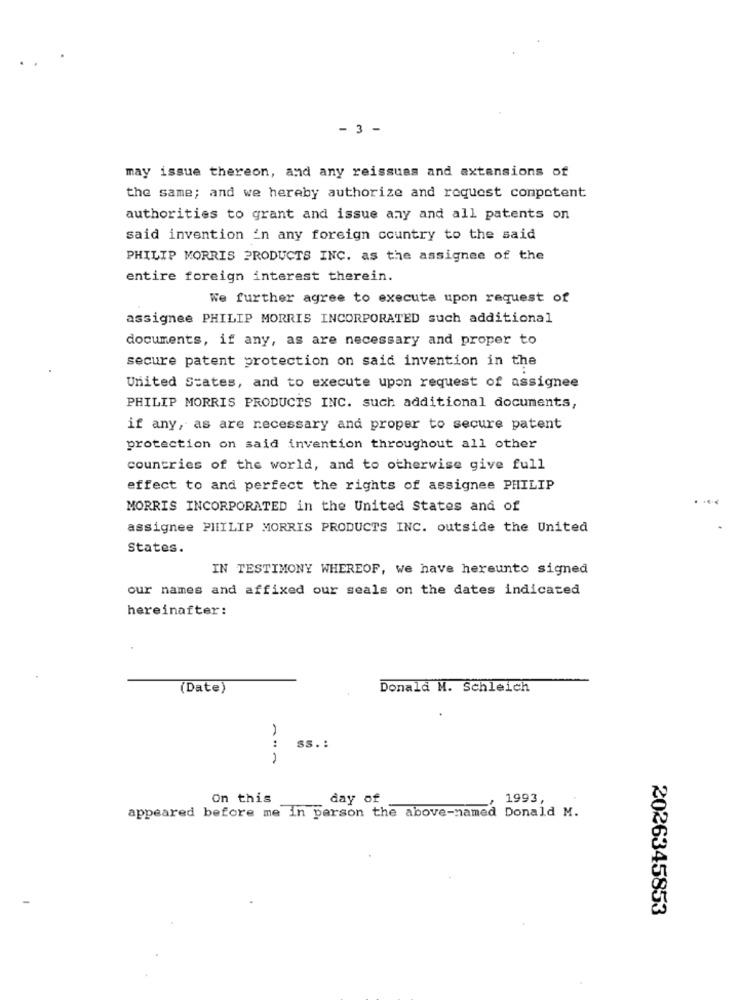
- 3 -
may issue thereon, and any reissuas and extensions of
the same; and we hereby authorize and request competent
authorities to grant and issue any and all patents on
said invention 'n any foreign country to the said
PHILIP MORRIS PRODUCTS INC. as the assignee of the
entire foreign interest therein.
We further agree to execute upon request of
assignee PHILIP MORRIS INCORPORATED such additional
documents, if any, as are necessary and proper to
secure patent protection on said invention in the
United States, and to execute upon request of assignee
PHILIP MORRIS PRODUCTS INC. such additional documents,
if any, as are necessary and proper to secure patent
protection on said invention throughout all other
countries of the world, and to otherwise give full
effect to and perfect the rights of assignee PHILIP
MORRIS INCORPORATED in the United States and of
assignee PHILIP MORRIS PRODUCTS INC. outside the United
States.
IN TESTIMONY WHEREOF, we have hereunto signed
our names and affixed our seals on the dates indicated
hereinafter:
(Date)
Donald M. Schleich
:
SS. :
On this
day of
1993,
appeared before me in person the above-named Donald M.
2026345853